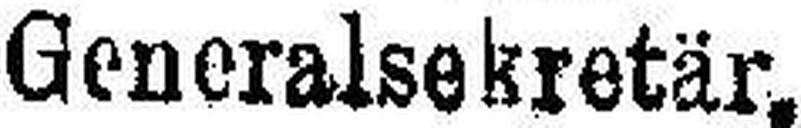
Generalsekretär.